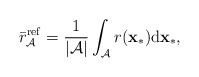
\begin{align*}\bar{r}_{\mathcal{A}}^{\mathrm{ref}}=\frac{1}{|\mathcal{A}|}\int_{\mathcal{A}}r(\mathbf{x}_{*})\mathrm{d}\mathbf{x}_{*},\end{align*}